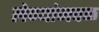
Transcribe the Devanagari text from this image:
लेण्यांजवळ